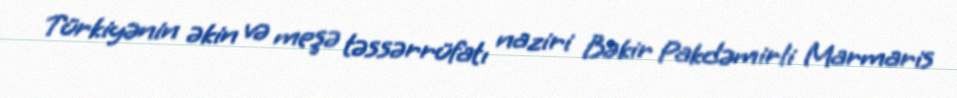
Türkiyənin əkin və meşə təssərrüfatı naziri Bəkir Pakdəmirli Marmaris